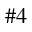
\# 4